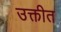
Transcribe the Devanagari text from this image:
उक्तीत